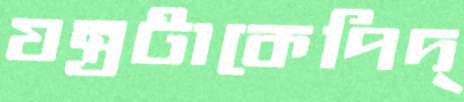
যন্ত্রটাকেপিদ্